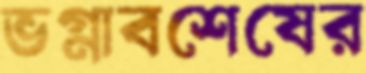
ভগ্নাবশেষের